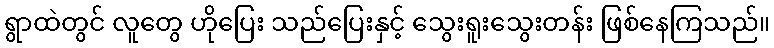
ရွာထဲတွင် လူတွေ ဟိုပြေး သည်ပြေးနှင့် သွေးရူးသွေးတန်း ဖြစ်နေကြသည်။